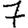
Digit: 7